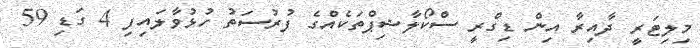
މިލިޓަރީ ދާއިރާ އިން ޑިގްރީ ސްކޯލާޝިޕްތަކެއްގެ ފުރުސަތު ހުޅުވާލައިފި 4 ގަޑި 59